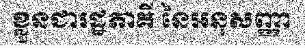
ខ្លួនជារដ្ឋភាគី នៃអនុសញ្ញា